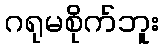
ဂရုမစိုက်ဘူး